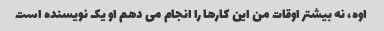
اوه، نه بیشتر اوقات من این کارها را انجام می دهم او یک نویسنده است